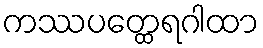
ကဿပတ္ထေရဂါထာ